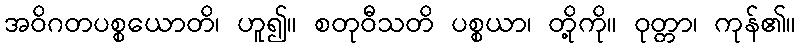
အဝိဂတပစ္စယောတိ၊ ဟူ၍။ စတုဝီသတိ ပစ္စယာ၊ တို့ကို။ ဝုတ္တာ၊ ကုန်၏။